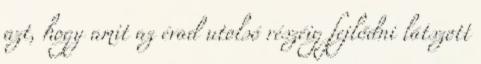
azt, hogy amit az évad utolsó részéig fejlődni látszott